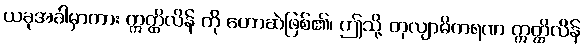
ယခုအခါမှာကား ဣတ္ထိလိန် ကို ဟောဆဲဖြစ်၏၊ ဤသို့ တုလျာဓိကရဏ ဣတ္ထိလိန်